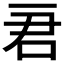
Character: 𠰶